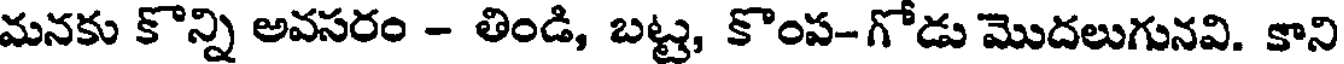
మనకు కొన్ని అవసరం - తిండి, బట్ట, కొంప-గోడు మొదలుగునవి. కాని